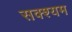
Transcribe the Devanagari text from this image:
सक्श्यम